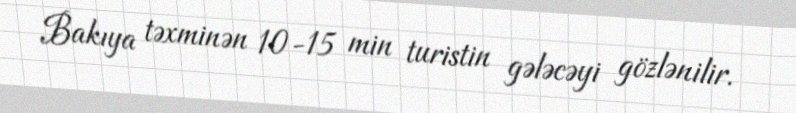
Bakıya təxminən 10-15 min turistin gələcəyi gözlənilir.